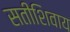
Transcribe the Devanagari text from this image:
सतीशिवाय